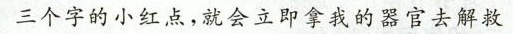
三个字的小红点，就会立即拿我的器官去解救